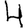
Digit: 4